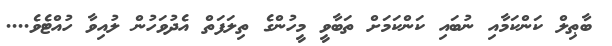
ބާޠިލް ކަންކަމާއި ނުބައި ކަންކަމަށް ތަބާވީ މީހުންގެ ތިލަފަތް އެދުވަހުން ލުއިވާ ހުއްޓެވެ....